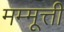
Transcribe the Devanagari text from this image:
मम्मूत्ती